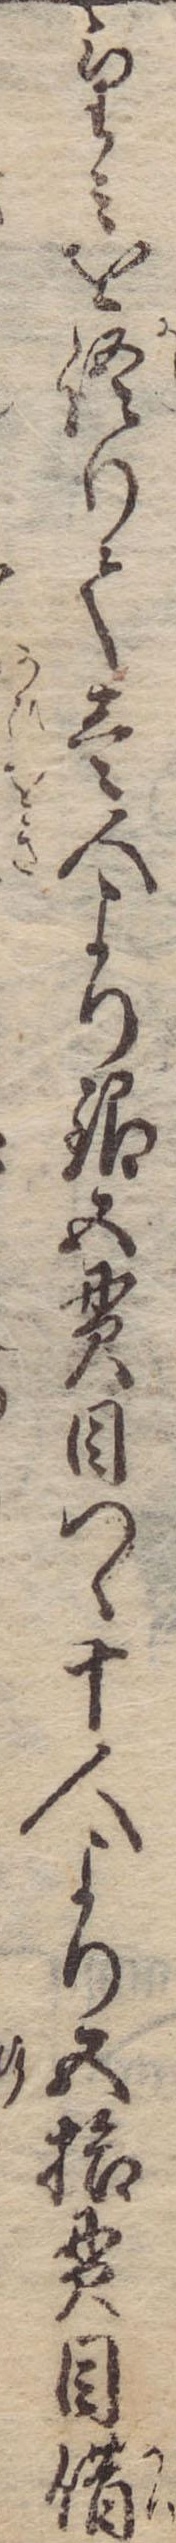
望みを語りて壱人より銀五貫目つゝ十人より五拾貫目借